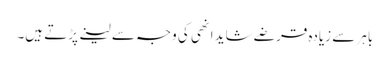
باہر سے زیادہ قرضے شاید انھی کی وجہ سے لینے پڑتے ہیں۔